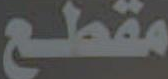
مقطع